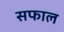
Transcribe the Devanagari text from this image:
सफाल